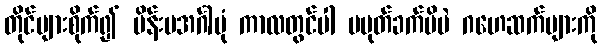
တိုင်များစိုက်၍ မိန်းမအင်္ဂါပုံ ကာလတွင်ပါ မပုတ်ခက်မိပဲ ဂဟေဆက်များကို